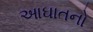
આઘાતનો